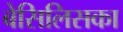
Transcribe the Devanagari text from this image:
बेसिलिसका